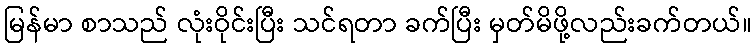
မြန်မာ စာသည် လုံးဝိုင်းပြီး သင်ရတာ ခက်ပြီး မှတ်မိဖို့လည်းခက်တယ်။